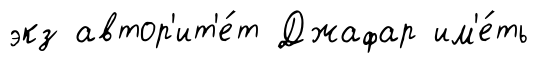
экз автор'ит'е́т Джафар им'е́ть